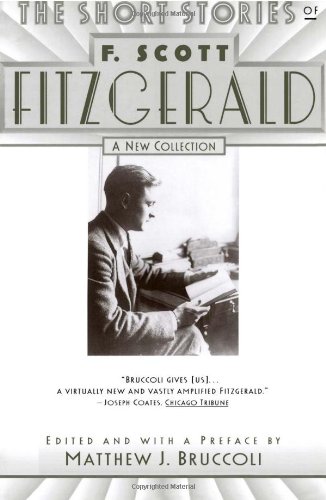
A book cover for The Short Stories of F. Scott Fitzgerald: A New Collection; F. Scott Fitzgerald; Literature & Fiction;